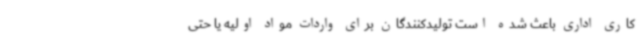
کاری اداری باعث شده است تولیدکنندگان برای واردات مواد اولیه یا حتی